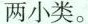
两小类。